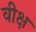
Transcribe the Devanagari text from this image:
वीक्ष